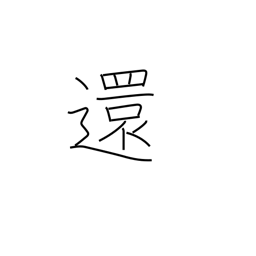
Meaning: send back